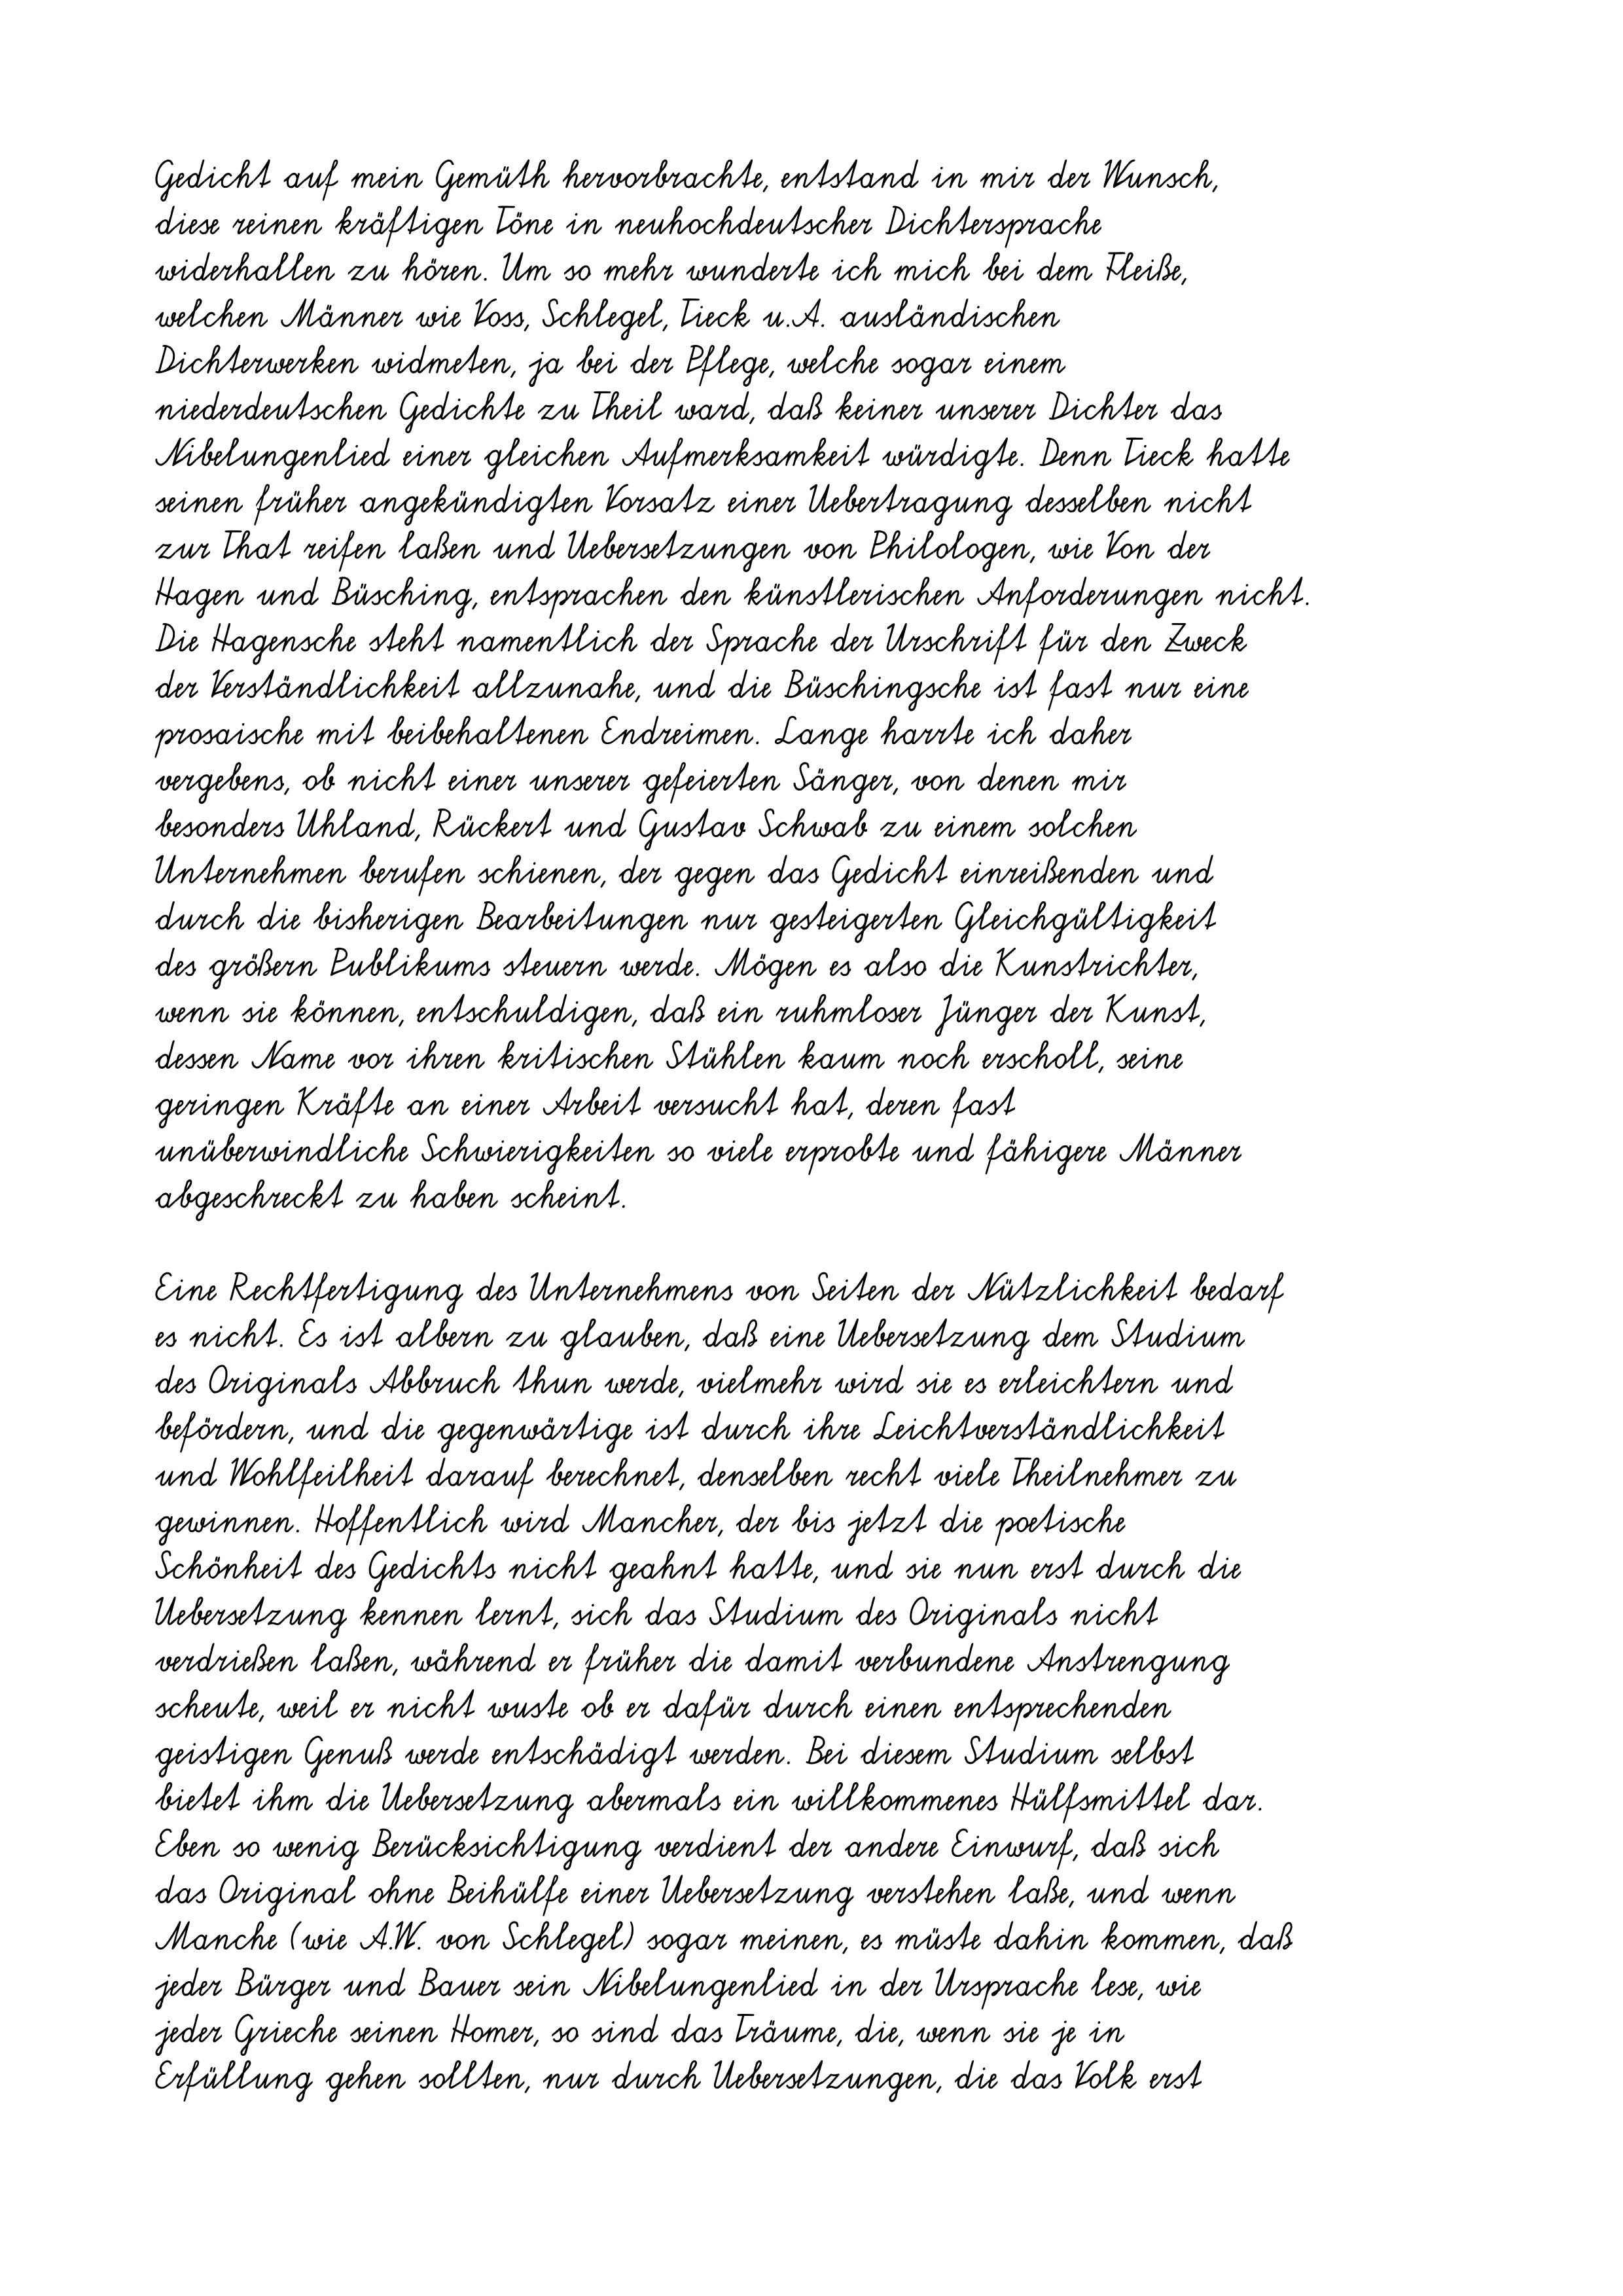
Gedicht auf mein Gemüth hervorbrachte, entstand in mir der Wunsch,
diese reinen kräftigen Töne in neuhochdeutscher Dichtersprache
widerhallen zu hören. Um so mehr wunderte ich mich bei dem Fleiße,
welchen Männer wie Voss, Schlegel, Tieck u.A. ausländischen
Dichterwerken widmeten, ja bei der Pflege, welche sogar einem
niederdeutschen Gedichte zu Theil ward, daß keiner unserer Dichter das
Nibelungenlied einer gleichen Aufmerksamkeit würdigte. Denn Tieck hatte
seinen früher angekündigten Vorsatz einer Uebertragung desselben nicht
zur That reifen laßen und Uebersetzungen von Philologen, wie Von der
Hagen und Büsching, entsprachen den künstlerischen Anforderungen nicht.
Die Hagensche steht namentlich der Sprache der Urschrift für den Zweck
der Verständlichkeit allzunahe, und die Büschingsche ist fast nur eine
prosaische mit beibehaltenen Endreimen. Lange harrte ich daher
vergebens, ob nicht einer unserer gefeierten Sänger, von denen mir
besonders Uhland, Rückert und Gustav Schwab zu einem solchen
Unternehmen berufen schienen, der gegen das Gedicht einreißenden und
durch die bisherigen Bearbeitungen nur gesteigerten Gleichgültigkeit
des größern Publikums steuern werde. Mögen es also die Kunstrichter,
wenn sie können, entschuldigen, daß ein ruhmloser Jünger der Kunst,
dessen Name vor ihren kritischen Stühlen kaum noch erscholl, seine
geringen Kräfte an einer Arbeit versucht hat, deren fast
unüberwindliche Schwierigkeiten so viele erprobte und fähigere Männer
abgeschreckt zu haben scheint.
Eine Rechtfertigung des Unternehmens von Seiten der Nützlichkeit bedarf
es nicht. Es ist albern zu glauben, daß eine Uebersetzung dem Studium
des Originals Abbruch thun werde, vielmehr wird sie es erleichtern und
befördern, und die gegenwärtige ist durch ihre Leichtverständlichkeit
und Wohlfeilheit darauf berechnet, denselben recht viele Theilnehmer zu
gewinnen. Hoffentlich wird Mancher, der bis jetzt die poetische
Schönheit des Gedichts nicht geahnt hatte, und sie nun erst durch die
Uebersetzung kennen lernt, sich das Studium des Originals nicht
verdrießen laßen, während er früher die damit verbundene Anstrengung
scheute, weil er nicht wuste ob er dafür durch einen entsprechenden
geistigen Genuß werde entschädigt werden. Bei diesem Studium selbst
bietet ihm die Uebersetzung abermals ein willkommenes Hülfsmittel dar.
Eben so wenig Berücksichtigung verdient der andere Einwurf, daß sich
das Original ohne Beihülfe einer Uebersetzung verstehen laße, und wenn
Manche (wie A.W. von Schlegel) sogar meinen, es müste dahin kommen, daß
jeder Bürger und Bauer sein Nibelungenlied in der Ursprache lese, wie
jeder Grieche seinen Homer, so sind das Träume, die, wenn sie je in
Erfüllung gehen sollten, nur durch Uebersetzungen, die das Volk erst